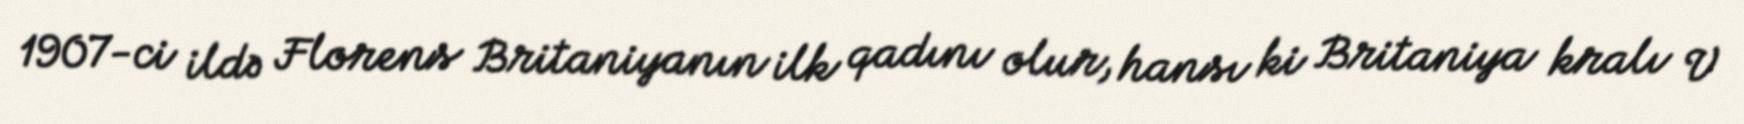
1907-ci ildə Florens Britaniyanın ilk qadını olur, hansı ki Britaniya kralı V